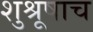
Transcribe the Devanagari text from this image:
शुश्रूषाच